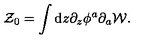
{ \cal Z } _ { 0 } = \int \mathrm { d } z \partial _ { z } \phi ^ { a } \partial _ { a } { \cal W } .